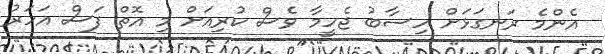
އެންމެ ރަނގަޅަށް ހިސާބު ޖެހީމާ ވެސް ކުރިއަށް މި އޮތް ފަސް އަހަރު